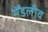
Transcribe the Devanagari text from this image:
मेँडलीव